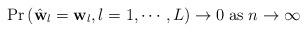
LaTeX: \begin{align*}\Pr\left(\hat{\mathbf{w}}_{l}=\mathbf{w}_{l},l=1,\cdots,L\right)\to0\;\textrm{as}\; n\to\infty\end{align*}